Leaving Certificate Examination, 1924
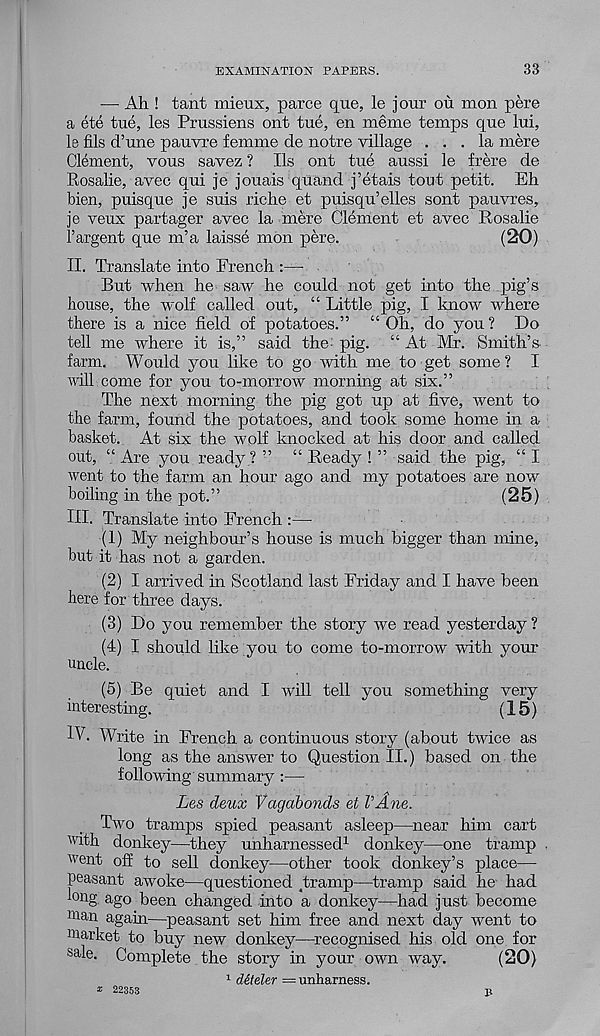
EXAMINATION PAPERS.
33
— Ah ! tant mieux, parce que, le j our ou mon pere
a ete tue, les Pmssiens out tue, en meme temps que lui,
le fils d’une pauvre femme de notre village ... la mere
Clement, vous savez ? Its out tue aussi le frere de
Rosalie, aveo qui je jouais quand j’etais tout petit. Eh
bien, puisque je suis riche et puisqu’elles sont pauvres,
je veux partager avec la mere Clement et avec Rosalie
I’argent que m’a laisse mon pere.
(20)
II. Translate into French :—
But when he saw he could not get into the pig’s
house, the wolf called out, “ Little pig, I know where
there is a nice field of potatoes.” “ Oh, do you? Do
tell me where it is,” said the- pig. “ At Mr. Smith’s
farm. Would you like to go with me to get some? I
will come for you to-morrow morning at six.”
The next morning the pig got up at five, went to
the farm, found the potatoes, and took some home in a
basket. At six the wolf knocked at his door and called
out, “ Are you ready ? ” “ Ready ! ” said the pig, “ I
went to the farm an hour ago and my potatoes are now
boiling in the pot.”
(25)
HI. Translate into French
(1) My neighbour’s house is much bigger than mine,
but it has not a garden.
(2) I arrived in Scotland last Friday and I have been
here for three days.
(3) Do you remember the story we read yesterday ?
(4) I should like you to come to-morrow with your
ancle.
(5) Be quiet and I will tell you something very
interesting.
(15)
IV. Write in French a continuous story (about twice as
long as the answer to Question II.) based on the
following’summary :—
Les deux Vagabonds et VAne.
Two tramps spied peasant asleep—near him cart
with donkey—they unharnessed 1 donkey—one tramp
went off to sell donkey—other took donkey’s place—
peasant awoke—questioned _tramp—tramp said he had
on g ago been changed into a donkey—had just become
man again—peasant set him free and next day went to
market to buy new donkey—^recognised his old one for
sale. Complete the story in your own way.
(20)
1 d&teler = unharness.
* 22353
B